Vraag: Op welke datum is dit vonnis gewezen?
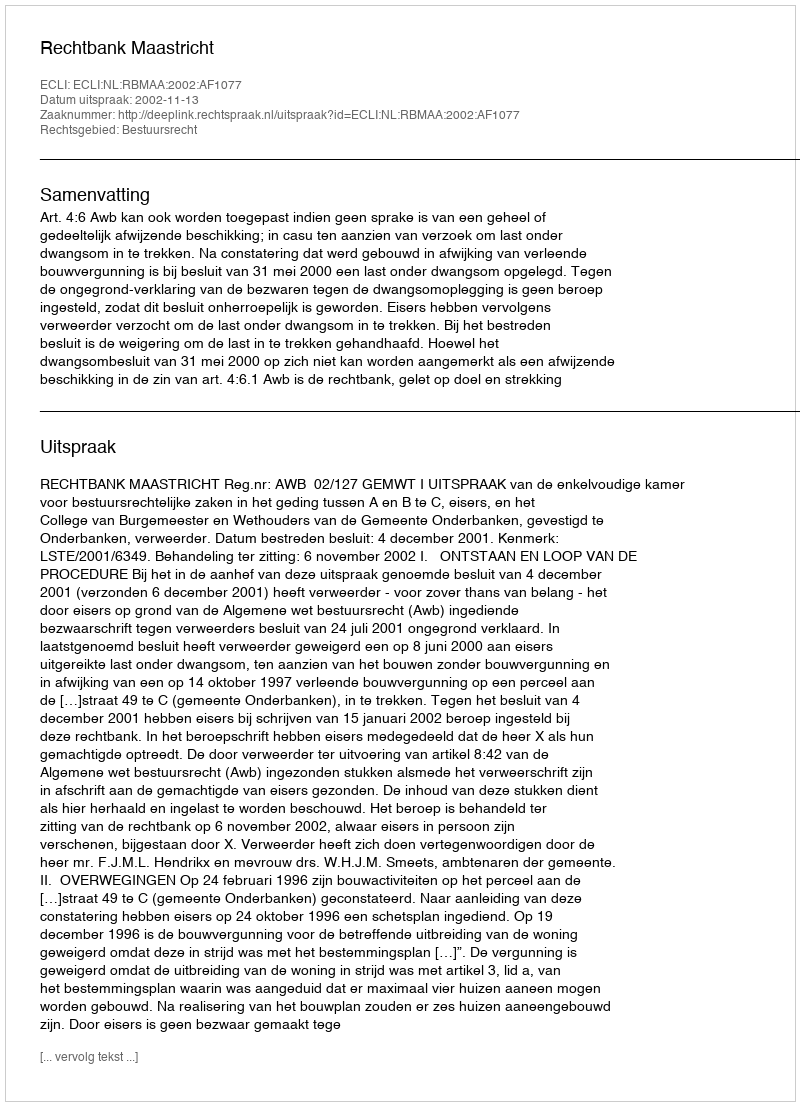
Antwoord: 2002-11-13